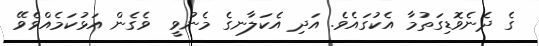
ގެ ދެނެވޮޑިގަތުމާ އެކުގައެވެ. އަދި އެކަލާނގެ މެނުވީ  ވެގެން އަޅުކަމެއްވެވޭ